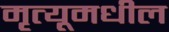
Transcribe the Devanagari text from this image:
मृत्यूमधील